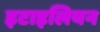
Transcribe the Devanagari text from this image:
इटाइलियन